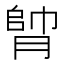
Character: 𦝭